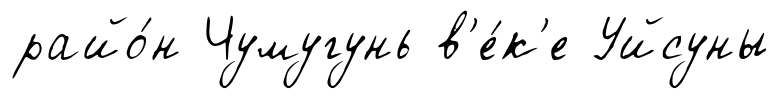
райо́н Чумугунь в'е́к'е Уйсуны